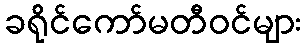
ခရိုင်ကော်မတီဝင်များ